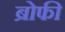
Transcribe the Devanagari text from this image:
ब्रोफी